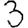
Digit: 3